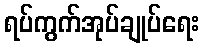
ရပ်ကွက်အုပ်ချုပ်ရေး